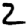
Digit: 2